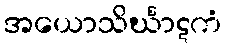
အယောသိင်္ဃာဋကံ